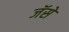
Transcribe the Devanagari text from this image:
जॅसे